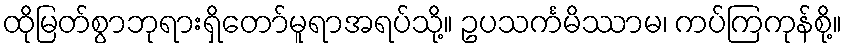
ထိုမြတ်စွာဘုရားရှိတော်မူရာအရပ်သို့။ ဥပသင်္ကမိဿာမ၊ ကပ်ကြကုန်စို့။